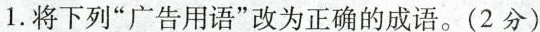
1.将下列”广告用语”改为正确的成语。（2分）